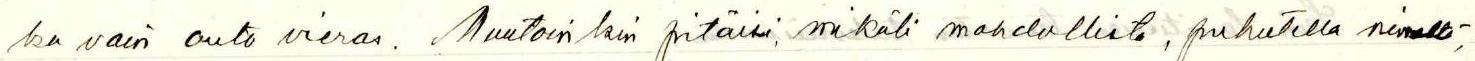
ka vain outo vieras. Muutoinkin pitäisi, mikäli mahdollista, puhutella nimeltä,